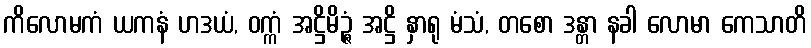
ကိလောမကံ ယကနံ ဟဒယံ, ဝက္ကံ အဋ္ဌိမိဉ္ဇံ အဋ္ဌိ နှာရု မံသံ, တစော ဒန္တာ နခါ လောမာ ကေသာတိ